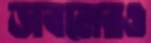
ডাবলেরও